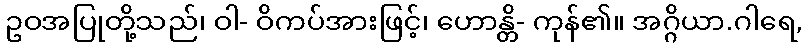
ဥဝအပြုတို့သည်၊ ဝါ- ဝိကပ်အားဖြင့်၊ ဟောန္တိ- ကုန်၏။ အဂ္ဂိယာ.ဂါရေ,